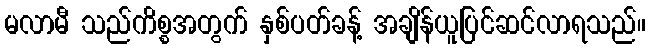
မလာမီ သည်ကိစ္စအတွက် နှစ်ပတ်ခန့် အချိန်ယူပြင်ဆင်လာရသည်။